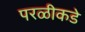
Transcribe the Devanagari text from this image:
परळीकडे